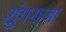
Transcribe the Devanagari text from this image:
शुंगराजा